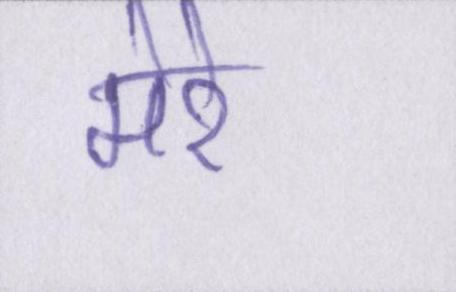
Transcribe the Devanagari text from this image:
मेरे